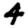
Digit: 4